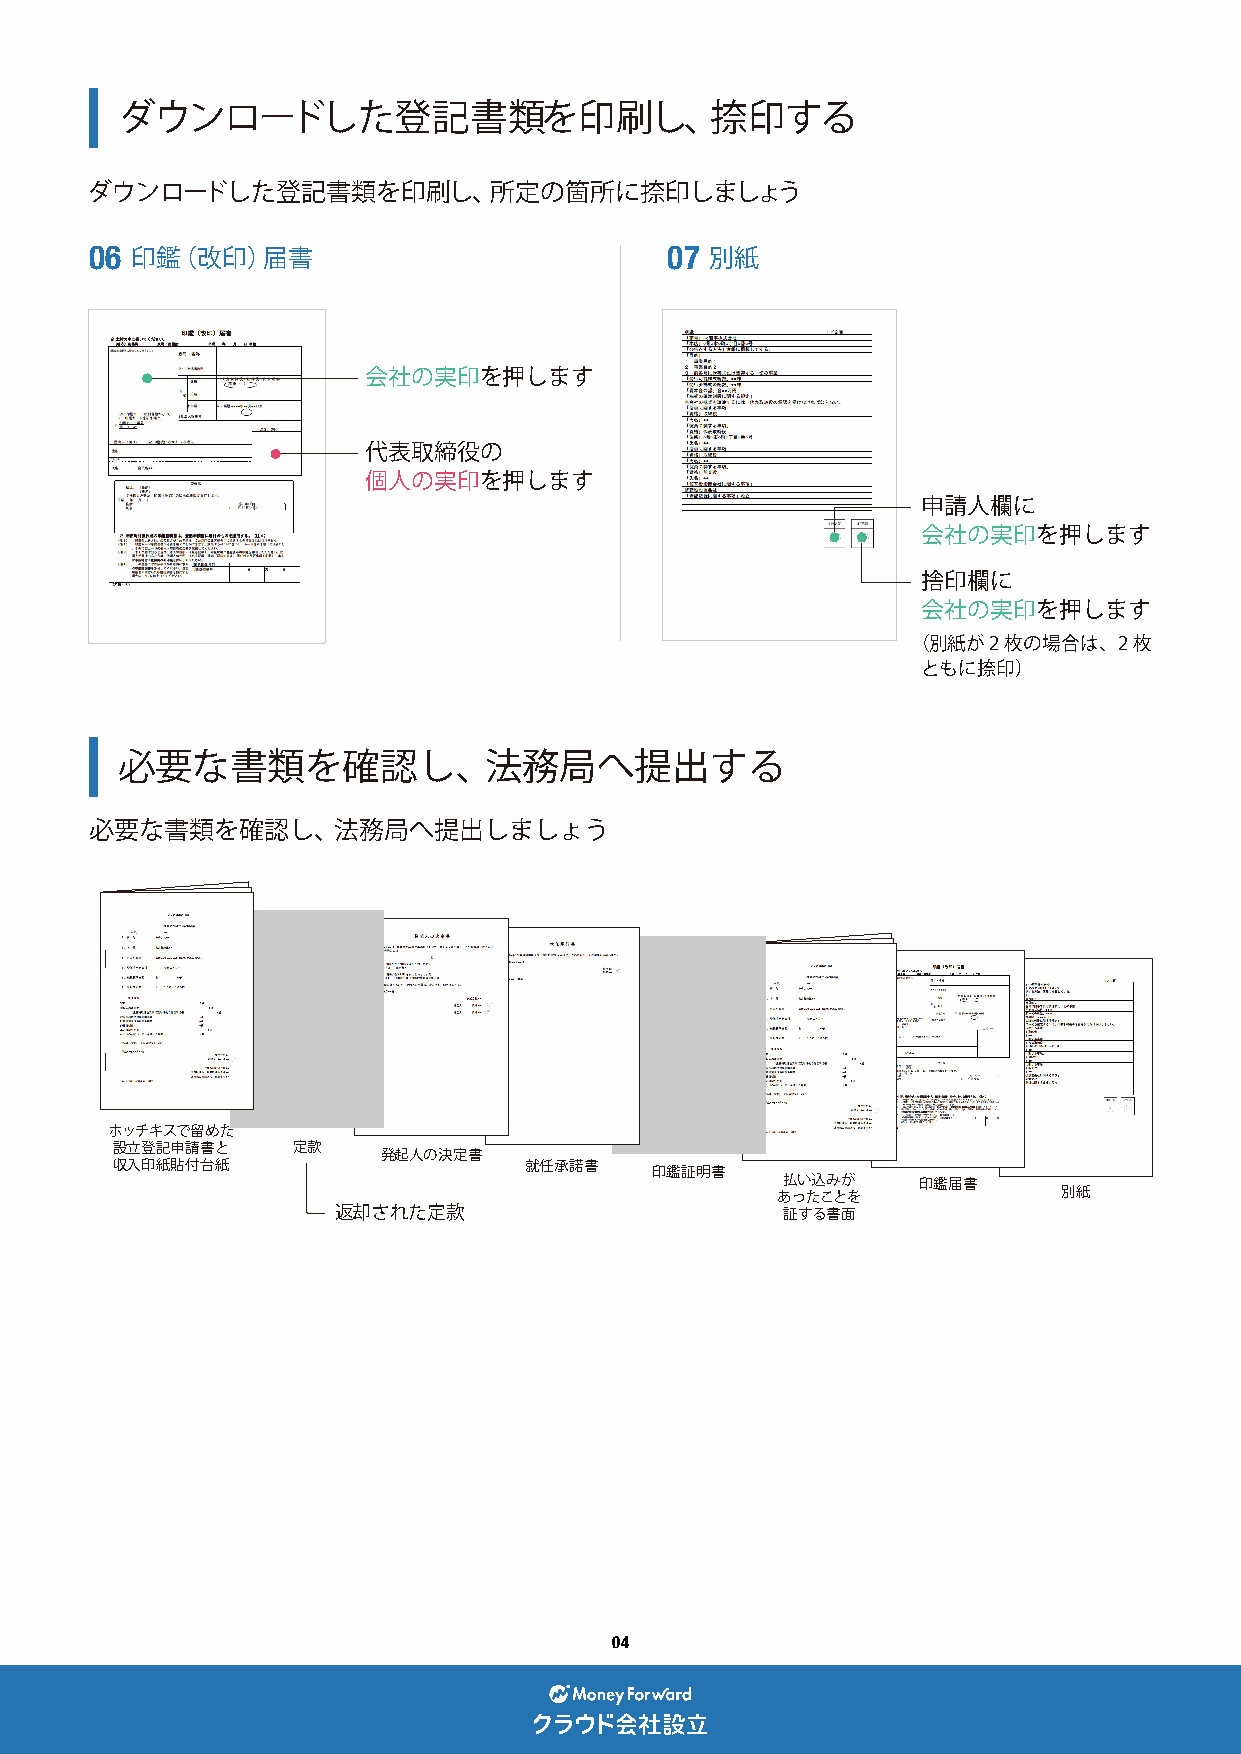
ダウンロードした登記書類を印刷し、捺印する
 ダウンロードした登記書類を印刷し、所定の箇所に捺印しましょう
 06 印鑑（改印）届書                           07 別紙
 会社の実印を押します
 代表取締役の
 個人の実印を押します
 申請人欄に
 会社の実印を押します
 捨印欄に
 会社の実印を押します
 （別紙が2枚の場合は、2枚
 ともに捺印）
 必要な書類を確認し、法務局へ提出する
 必要な書類を確認し、法務局へ提出しましょう
 ホッチキスで留めた
 設立登記申請書と    定款
 発起人の決定書
 収入印紙貼付台紙                    就任承諾書   印鑑証明書
 払い込みが    印鑑届書
 あったことを             別紙
 返却された定款                       証する書面
 04